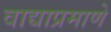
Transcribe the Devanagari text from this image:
वाद्याप्रमाणे